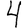
Digit: 4